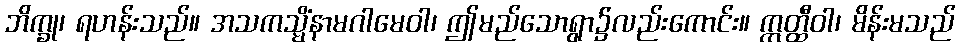
ဘိက္ခု၊ ရဟန်းသည်။ အသကသ္မိံနာမဂါမေဝါ၊ ဤမည်သောရွာ၌လည်းကောင်း။ ဣတ္ထီဝါ၊ မိန်းမသည်